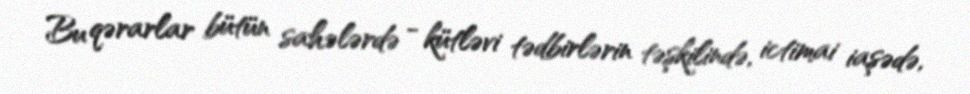
Bu qərarlar bütün sahələrdə - kütləvi tədbirlərin təşkilində, ictimai iaşədə,